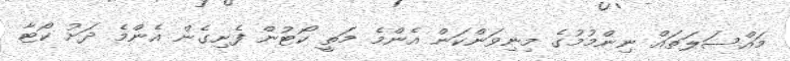
މައްސަލަތައް ނިންމުމުގެ މިނިވަންކަން އެންމެ މަތީ ކޯޓުން ފެށިގެން އެންމެ ދަށު ކޯޓާ